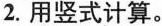
2.用竖式计算。